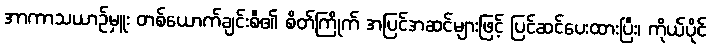
အာကာသယာဉ်မှူး တစ်ယောက်ချင်းစီ၏ စိတ်ကြိုက် အပြင်အဆင်များဖြင့် ပြင်ဆင်ပေးထားပြီး၊ ကိုယ်ပိုင်